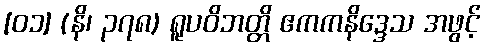
[၀၁] (နိ၊ ၃၇၈) ရူပဝိဘတ္တိ ဧကကနိဒ္ဒေသ အဖွင့်